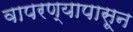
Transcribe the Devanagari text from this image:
वापरण्यापासून